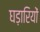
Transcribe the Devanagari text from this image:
घड़ारियों